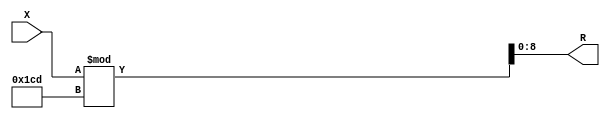
module x_300_mod_461_reg(
    input [300:1] X,
    output [9:1] R
    );


assign R = X % 461;

endmodule